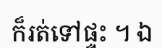
ក៏រត់ទៅផ្ទះ ។ ឯ